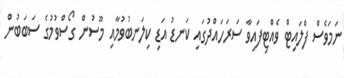
ނަމަވެސް ފްލައިޓް ވެއްޓިފައިވާ ސަރަހައްދުގައި ކަނޑު އަޑި ކިލަނބުވުމާއި މޫސުން ގޯސްވުމުގެ ސަބަބުން